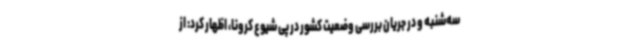
سه‌شنبه و در جریان بررسی وضعیت کشور در پی شیوع کرونا، اظهار کرد: از